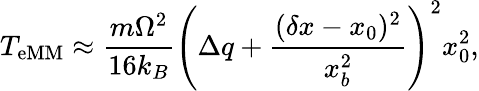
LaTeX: T_{\mathrm{eMM}}\approx\frac{m\Omega^{2}}{16k_{B}}\left(\Delta q+\frac{(\delta x-x_{0}){}^{2}}{x_{b}^{2}}\right)^{2}x_{0}^{2},